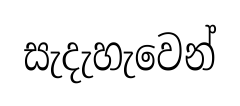
සැදැහැවෙන්